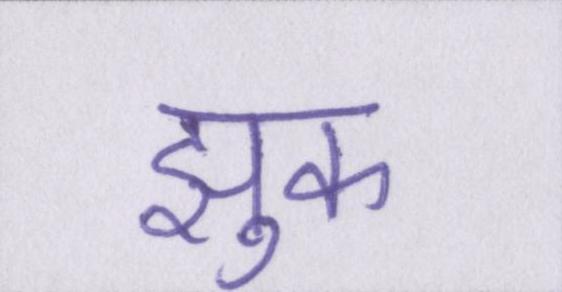
झुक